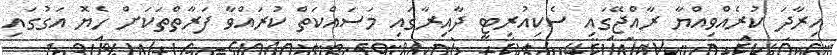
އިރާދަ ކުރެއްވިއްޔާ ރާއްޖޭގައި ސެކިއުރިޓީ ދާއިރާގައި މަސައްކަތް ކުރައްވާ ފަރާތްތަކަށް ހެޔޮ އަގުގައި